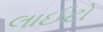
લાઈટો